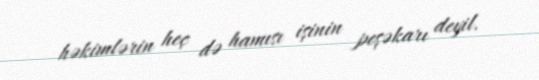
həkimlərin heç də hamısı işinin peşəkarı deyil.